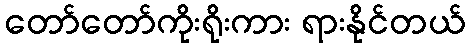
တော်တော်ကိုးရိုးကား ရားနိုင်တယ်